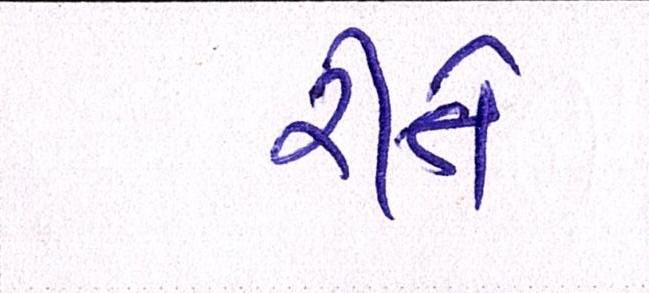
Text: રીતે